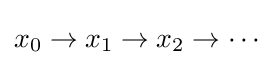
x_{0}\rightarrow x_{1}\rightarrow x_{2}\rightarrow \cdots